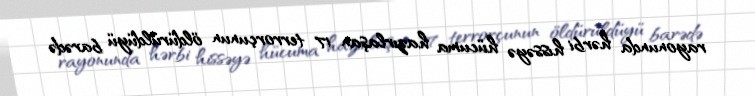
rayonunda hərbi hissəyə hücuma hazırlaşan 17 terrorçunun öldürüldüyü barədə